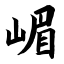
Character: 嵋